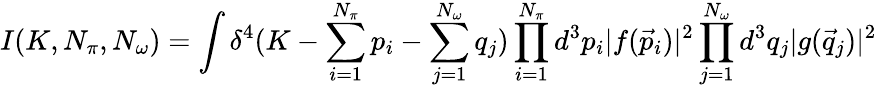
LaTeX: I(K,N_{\pi},N_{\omega})=\int\delta^{4}(K-\sum_{i=1}^{N_{\pi}}p_{i}-\sum_{j=1}^{N_{\omega}}q_{j})\prod_{i=1}^{N_{\pi}}d^{3}p_{i}|f(\vec{p}_{i})|^{2}\prod_{j=1}^{N_{\omega}}d^{3}q_{j}|g(\vec{q}_{j})|^{2}